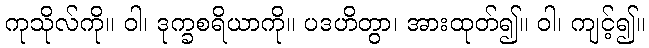
ကုသိုလ်ကို။ ဝါ၊ ဒုက္ခစရိယာကို။ ပဒဟိတွာ၊ အားထုတ်၍။ ဝါ၊ ကျင့်၍။